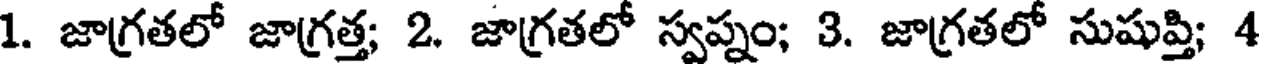
1. జాగ్రతలో జాగ్రత్త; 2. జాగ్రతలో స్వప్నం; 3. జాగ్రతలో సుషుప్తి; 4